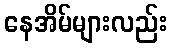
နေအိမ်များလည်း